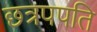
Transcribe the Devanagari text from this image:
छत्रपपति